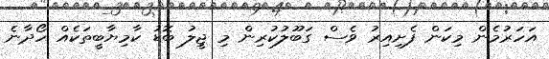
އަހަރުމެން މިކަން ފެށިއިރު ވެސް ގަބޫލުކުރިން މި ޖީލު ބޮޑު ކާމިޔާބީތަކެއް ހޯދާނެ